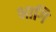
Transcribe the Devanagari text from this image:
भागि